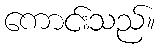
ကောင်းသည်။